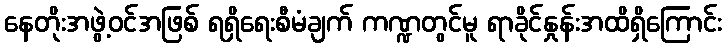
နေတိုးအဖွဲ့ဝင်အဖြစ် ရရှိရေးစီမံချက် ကဏ္ဍတွင်မူ ရာခိုင်နှုန်းအထိရှိကြောင်း